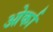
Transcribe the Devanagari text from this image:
ओर्का